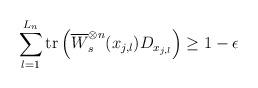
LaTeX: \begin{align*} \sum_{l=1}^{L_{n}} \mathrm{tr}\left(\overline{W}_s^{\otimes n}(x_{j,l})D_{x_{j,l}}\right) \geq1-\epsilon\end{align*}